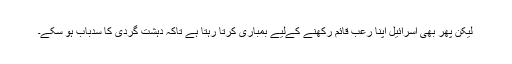
لیکن پھر بھی اسرائیل اپنا رعب قائم رکھنے کےلیے بمباری کرتا رہتا ہے تاکہ دہشت گردی کا سدباب ہو سکے۔